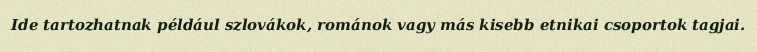
Ide tartozhatnak például szlovákok, románok vagy más kisebb etnikai csoportok tagjai.